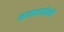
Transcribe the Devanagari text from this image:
बमवर्षको